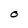
Character: O